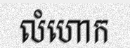
លំហោក